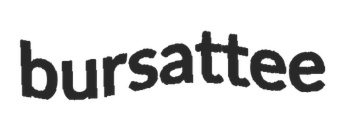
bursattee